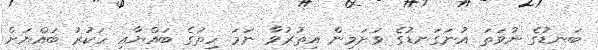
ބަނޑުގެ ނުވަތަ އުނަގަނޑުގެ ވަށަމިން އިތުރުވާ ނަމަ ހިތުގެ ބައްޔާއި ހަކުރު ބައްޔަށް